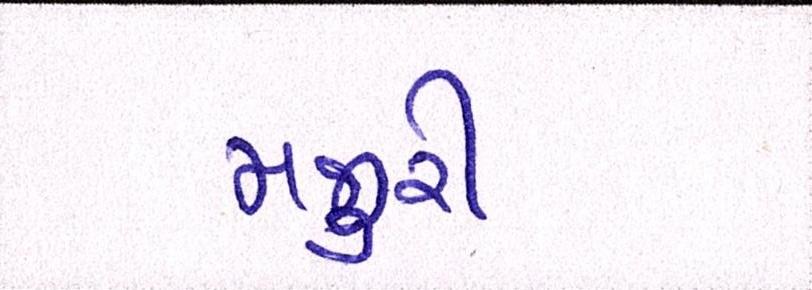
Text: મજુરી